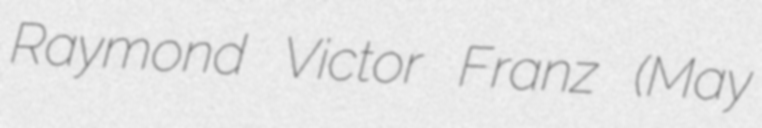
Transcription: Raymond Victor Franz (May